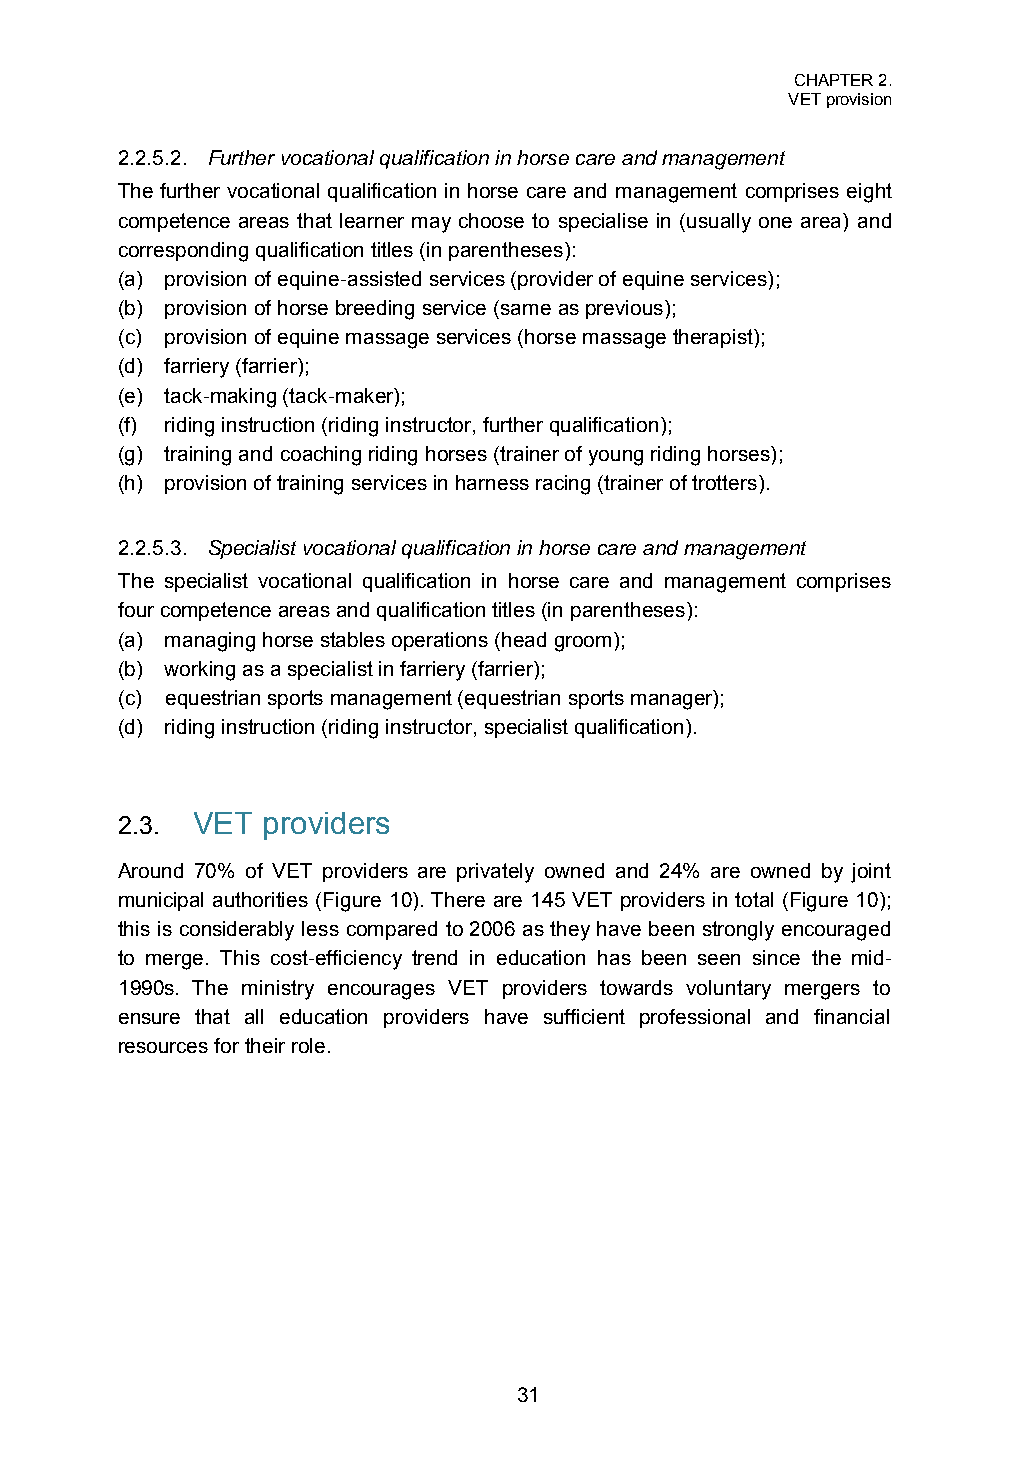
CHAPTER 2.
 VET provision
 2.2.5.2. Further vocational qualification in horse care and management
 The further vocational qualification in horse care and management comprises eight
 competence areas that learner may choose to specialise in (usually one area) and
 corresponding qualification titles (in parentheses):
 (a) provision of equine-assisted services (provider of equine services);
 (b) provision of horse breeding service (same as previous);
 (c) provision of equine massage services (horse massage therapist);
 (d) farriery (farrier);
 (e) tack-making (tack-maker);
 (f) riding instruction (riding instructor, further qualification);
 (g) training and coaching riding horses (trainer of young riding horses);
 (h) provision of training services in harness racing (trainer of trotters).
 2.2.5.3. Specialist vocational qualification in horse care and management
 The specialist vocational qualification in horse care and management comprises
 four competence areas and qualification titles (in parentheses):
 (a) managing horse stables operations (head groom);
 (b) working as a specialist in farriery (farrier);
 (c) equestrian sports management (equestrian sports manager);
 (d) riding instruction (riding instructor, specialist qualification).
 2.3. VET providers
 Around 70% of VET providers are privately owned and 24% are owned by joint
 municipal authorities (Figure 10). There are 145 VET providers in total (Figure 10);
 this is considerably less compared to 2006 as they have been strongly encouraged
 to merge. This cost-efficiency trend in education has been seen since the mid-
 1990s. The ministry encourages VET providers towards voluntary mergers to
 ensure that all education providers have sufficient professional and financial
 resources for their role.
 31